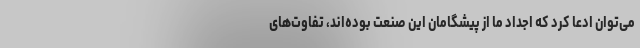
می‌توان ادعا کرد که اجداد ما از پیشگامان این صنعت بوده‌اند، تفاوت‌های